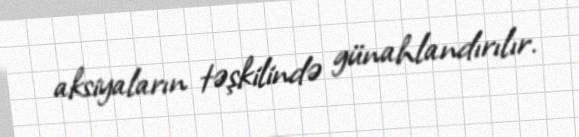
aksiyaların təşkilində günahlandırılır.